Leaving Certificate Examination, 1918
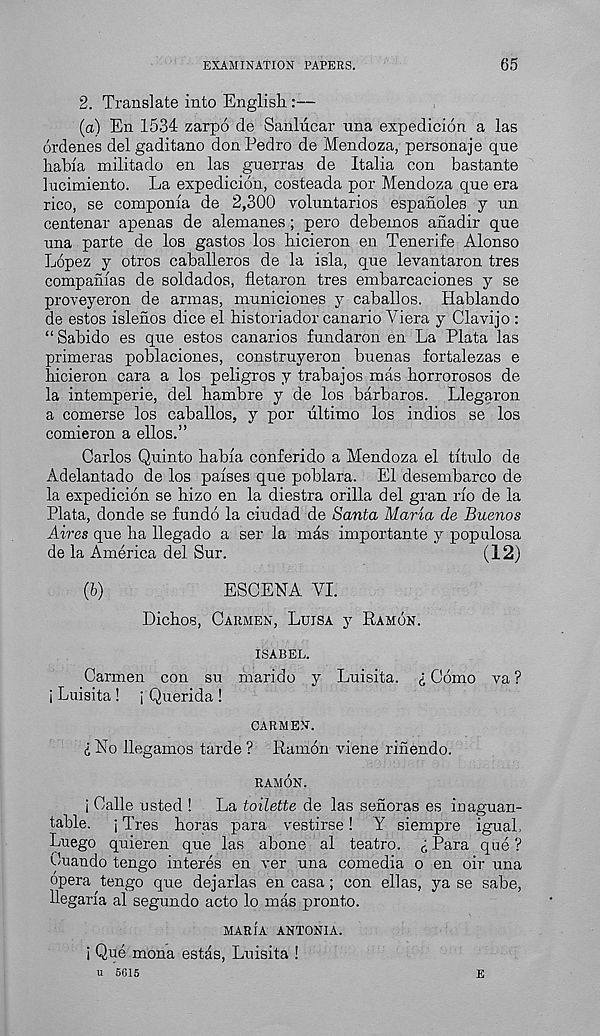
EXAMINATION PAPERS.
65
2. Translate into English.:—
(a) En 1534 zarpo de Sanliicar una expedicion a las
ordenes delgaditano don Pedro de Mendoza, personaje que
habia militado en las guerras de Italia con bastante
lucimiento. La expedicion, costeada por Mendoza qne era
rico, se componia de 2,300 voluntarios espanoles y un
centenar apenas de alemanes; pero debeinos anadir que
una parte de los gastos los hicieron en Tenerife Alonso
Lopez y otros caballeros de la isla, que levantaron tres
companfas de soldados, fletaron tres embarcaciones y se
proveyeron de annas, municiones y caballos. Hablando
de estos islenos dice el historiador canario Viera y Clavijo :
“ Sabido es que estos canarios fundaron en La Plata las
primeras poblaciones, construyeron buenas fortalezas e
hicieron cara a los peligros y trabajos mas borrorosos de
la intemperie, del bambre y de los barbaros. Llegaron
a comerse los caballos, y por ultimo los indios se los
comieron a ellos.”
Carlos Quinto babia conferido a Mendoza el titulo de
Adelantado de los paises que poblara. El desembarco de
la expedicion se hizo en la diestra orilla del gran rio de la
Plata, donde se fundo la ciudad de Santa Maria de Buenos
Aires que ha llegado a ser la mas importante y populosa
de la America del Sur.
(12)
(b)
ESCENA VI.
Dichos, Carmen, Luisa y Ramon.
ISABEL.
Carmen con su marido y Luisita. £ Como va ?
i Luisita ! j Querida !
CARMEN.
d No llegamos tarde ? Ramon viene rinendo.
RAMON.
i Calle usted !
La toilette de las senoras es inaguan-
table. j Tres boras para vestirse! Y siempre iguab
Luego quieren que las abone al teatro. d Para que ?
Cuando tengo interes en ver una comedia o en oir una
opera tengo que dejarlas en casa ; con ellas, ya se sabe,
llegaria al segundo acto lo mas pronto.
MARIA ANTONIA.
i Que mona estas, Luisita !
u 5615
E